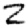
Digit: 2